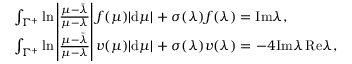
\begin{array} { r l } & { \int _ { \Gamma ^ { + } } \ln \left| \frac { \mu - \bar { \lambda } } { \mu - \lambda } \right| f ( \mu ) | \mathrm { d } \mu | + \sigma ( \lambda ) f ( \lambda ) = \mathrm { I m } \lambda , } \\ & { \int _ { \Gamma ^ { + } } \ln \left| \frac { \mu - \bar { \lambda } } { \mu - \lambda } \right| v ( \mu ) | \mathrm { d } \mu | + \sigma ( \lambda ) v ( \lambda ) = - 4 \mathrm { I m } \lambda \, \mathrm { R e } \lambda , } \end{array}